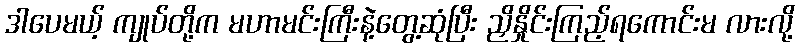
ဒါပေမယ့် ကျုပ်တို့က မဟာမင်းကြီးနဲ့တွေ့ဆုံပြီး ညှိနှိုင်းကြည့်ရကောင်းမ လားလို့